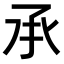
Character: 𠄘